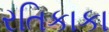
રતિકાકા